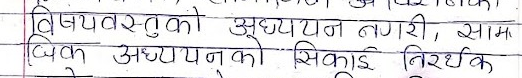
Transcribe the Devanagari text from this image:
विषयवस्तुको अध्ययन नगरी, सामा
जिक अध्ययनको सिकाइ निरर्थक